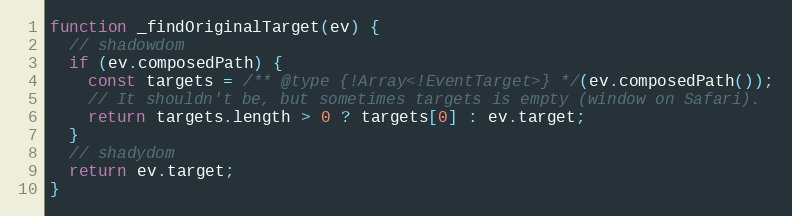
Language: JavaScript
function _findOriginalTarget(ev) {
  // shadowdom
  if (ev.composedPath) {
    const targets = /** @type {!Array<!EventTarget>} */(ev.composedPath());
    // It shouldn't be, but sometimes targets is empty (window on Safari).
    return targets.length > 0 ? targets[0] : ev.target;
  }
  // shadydom
  return ev.target;
}